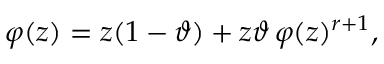
\varphi ( z ) = z ( 1 - \vartheta ) + z \vartheta \, \varphi ( z ) ^ { r + 1 } ,